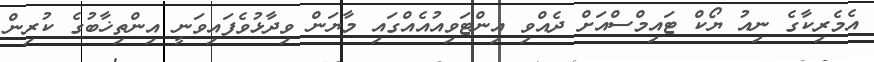
އެމެރިކާގެ ނިއު ޔޯކް ޓައިމްސްއަށް ދެއްވި އިންޓަވިއުއެއްގައި މާޔަން ވިދާޅުވެފައިވަނީ އިންތިޚާބުގެ ކުރިން